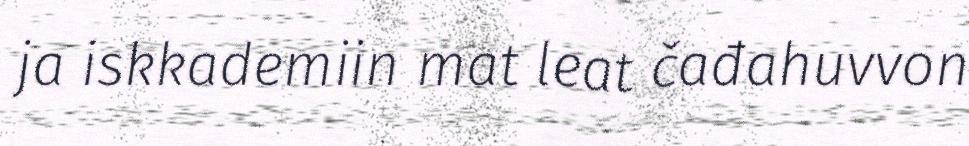
ja iskkademiin mat leat čađahuvvon